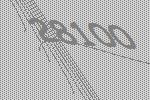
28100